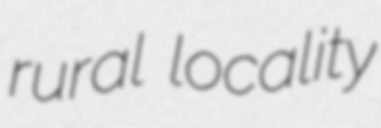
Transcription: rural locality